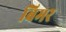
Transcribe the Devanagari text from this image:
बिमर